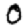
Digit: 0